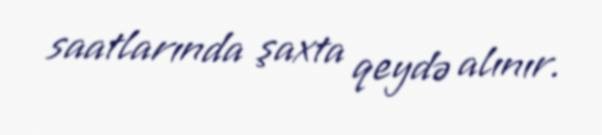
saatlarında şaxta qeydə alınır.